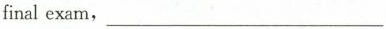
final exam,___